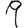
Digit: 9